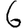
Digit: 6